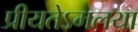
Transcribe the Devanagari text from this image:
प्रीयतेऽमलया